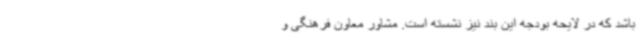
باشد که در لایحه بودجه این بند نیز نشسته است. مشاور معاون فرهنگی و